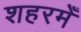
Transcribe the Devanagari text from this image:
शहरमेँ